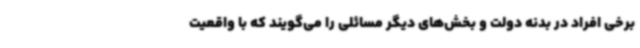
برخی افراد در بدنه دولت و بخش‌های دیگر مسائلی را می‌گویند که با واقعیت